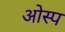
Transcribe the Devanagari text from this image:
ओस्प